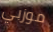
موزبي